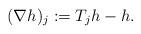
LaTeX: \begin{align*}(\nabla h)_j := T_jh-h.\end{align*}